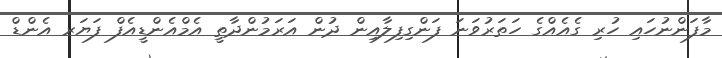
މާފަންނުހައި ހުރި ގެއެއްގެ ހަތަރުވަނަ ފަންގިފިލާއިން ދުން އަރަމުންދާތީ އެމްއެންޑީއެފް ފަޔަރ އެންޑް